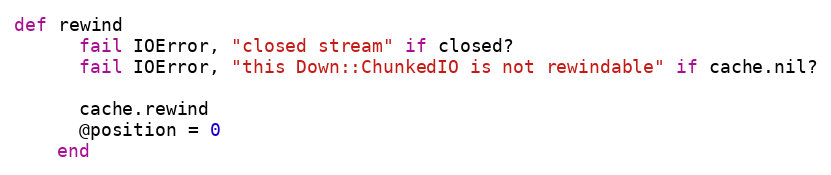
Language: Ruby
def rewind
      fail IOError, "closed stream" if closed?
      fail IOError, "this Down::ChunkedIO is not rewindable" if cache.nil?

      cache.rewind
      @position = 0
    end